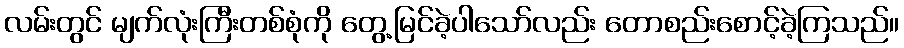
လမ်းတွင် မျက်လုံးကြီးတစ်စုံကို တွေ့မြင်ခဲ့ပါသော်လည်း တောစည်းစောင့်ခဲ့ကြသည်။